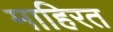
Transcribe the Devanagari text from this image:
माहिरत